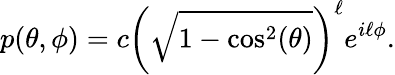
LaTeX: p(\theta,\phi)=c\left({\sqrt{1-\mathrm{cos}^{2}(\theta)}}\right)^{\ell}e^{i\ell\phi}.